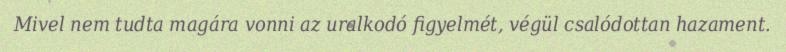
Mivel nem tudta magára vonni az uralkodó figyelmét, végül csalódottan hazament.